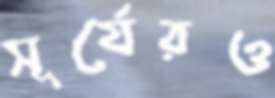
সূর্যেরও